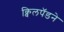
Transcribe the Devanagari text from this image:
क्विलपॅडने